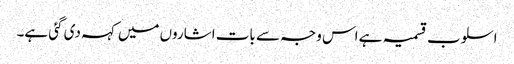
اسلوب قسمیہ ہے اس وجہ سے بات اشاروں میں کہہ دی گئی ہے۔